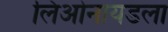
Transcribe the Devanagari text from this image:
लिओनायडला